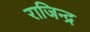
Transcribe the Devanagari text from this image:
राजिन्द्र